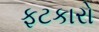
ફટકારો